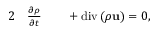
\begin{array} { r l r l } { { 2 } } & { { } \frac { \partial \rho } { \partial t } } & { } & { { } + \mathrm { d i v } \left( \rho \mathbf { u } \right) = 0 , } \end{array}